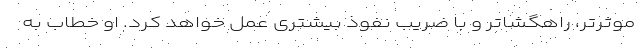
موثرتر، راهگشاتر و با ضریب نفوذ بیشتری عمل خواهد کرد. او خطاب به